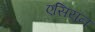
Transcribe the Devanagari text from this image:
एसियन